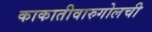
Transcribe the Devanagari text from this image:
काकातीवारुगोलची